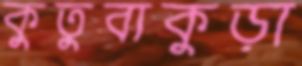
কুতুবাকুড়া